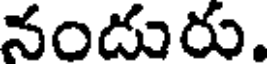
నండురు.